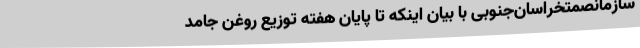
سازمانصمتخراسان‌جنوبی با بیان اینکه تا پایان هفته توزیع روغن جامد